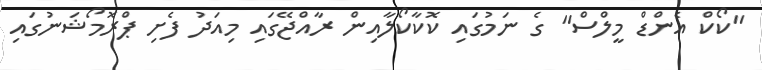
"ކޯކް އެންޑް މީލްސް" ގެ ނަމުގައި ކޮކާކޯލާއިން ރާއްޖޭގައި މިއަދު ފެށި ޕްރޮމޯޝަނުގައި